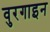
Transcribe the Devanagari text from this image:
वुरगाइन